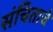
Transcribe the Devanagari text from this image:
संचिताचे